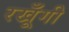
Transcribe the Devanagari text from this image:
रखूँगी